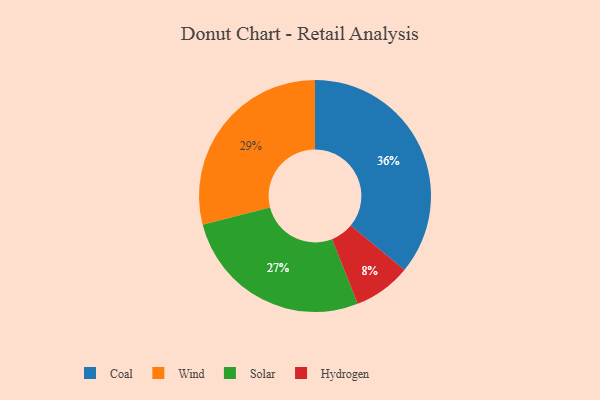
{"axis": {"x": "Category", "y": "Percentage"}, "legend": ["Coal", "Hydrogen", "Solar", "Wind"], "data": [{"x": "Wind", "y": 29, "type": "Wind"}, {"x": "Solar", "y": 27, "type": "Solar"}, {"x": "Coal", "y": 36, "type": "Coal"}, {"x": "Hydrogen", "y": 8, "type": "Hydrogen"}]}